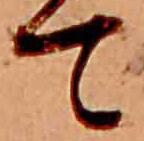
て